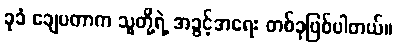
ခုခံ ချေပတာက သူတို့ရဲ့ အခွင့်အရေး တစ်ခုဖြစ်ပါတယ်။